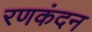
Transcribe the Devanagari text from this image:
रणकंदन